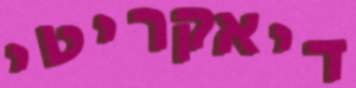
דיאקריטי